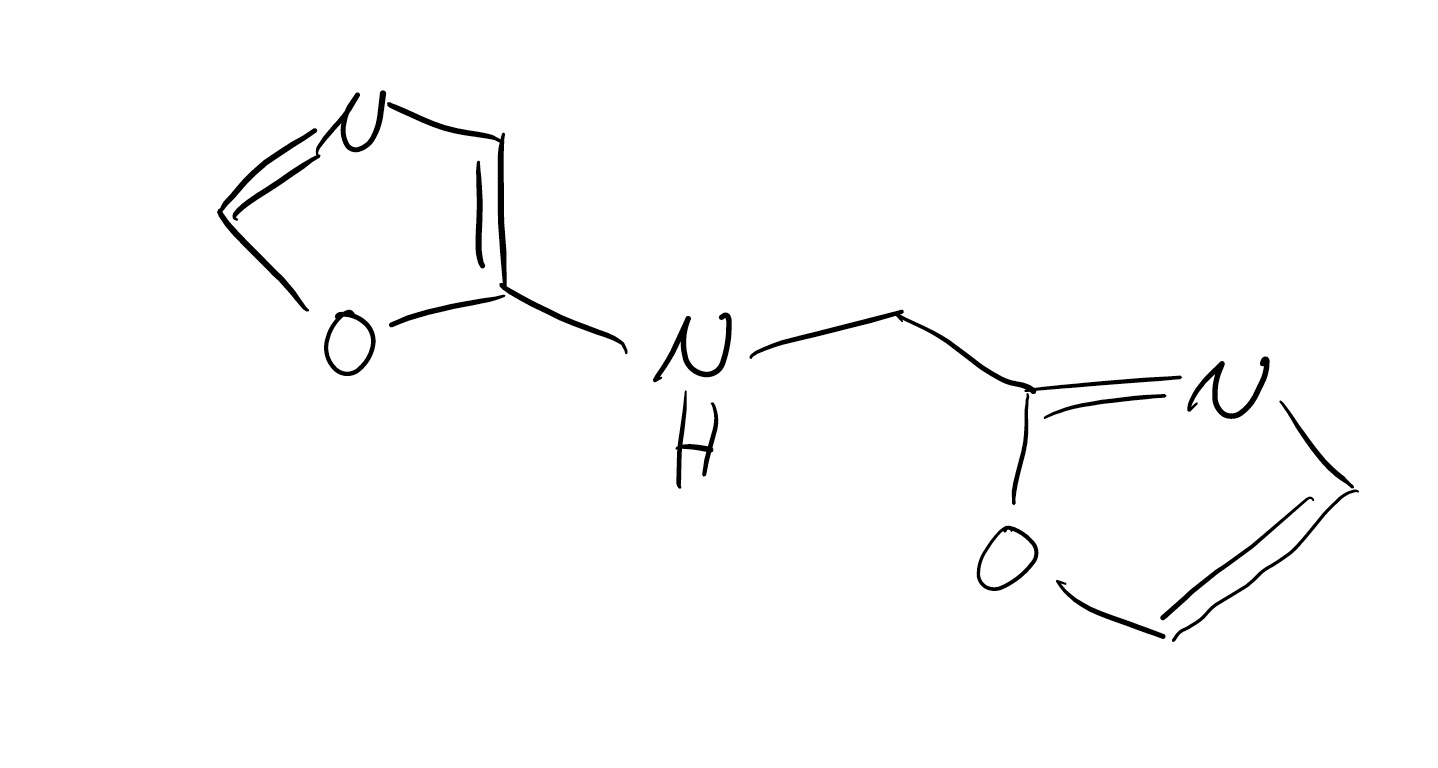
Simplified molecular-input line-entry system (SMILES) notation of the given molecule:
C1=COC(=N1)CNC2=CN=CO2